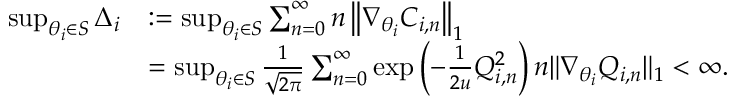
\begin{array} { r l } { \operatorname* { s u p } _ { \theta _ { i } \in S } \Delta _ { i } } & { : = \operatorname* { s u p } _ { \theta _ { i } \in S } \sum _ { n = 0 } ^ { \infty } n \left\| \nabla _ { \theta _ { i } } C _ { i , n } \right\| _ { 1 } } \\ & { = \operatorname* { s u p } _ { \theta _ { i } \in S } \frac { 1 } { \sqrt { 2 \pi } } \sum _ { n = 0 } ^ { \infty } \exp \left( - \frac { 1 } { 2 u } Q _ { i , n } ^ { 2 } \right) n \| \nabla _ { \theta _ { i } } Q _ { i , n } \| _ { 1 } < \infty . } \end{array}